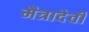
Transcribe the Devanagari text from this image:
मैत्रादेवी